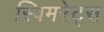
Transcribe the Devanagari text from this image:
स्विमरेट्स